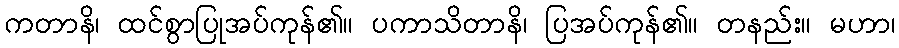
ကတာနိ၊ ထင်စွာပြုအပ်ကုန်၏။ ပကာသိတာနိ၊ ပြအပ်ကုန်၏။ တနည်း။ မဟာ၊